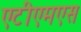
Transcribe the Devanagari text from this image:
एटीएमएस